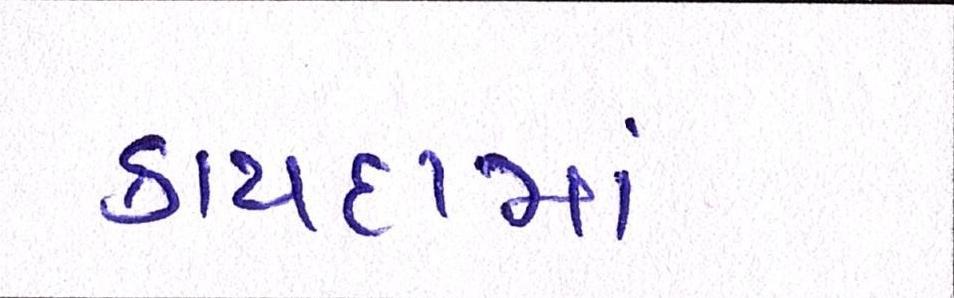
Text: કાયદામાં